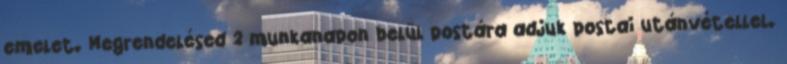
emelet. Megrendelésed 2 munkanapon belül postára adjuk postai utánvétellel.